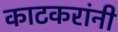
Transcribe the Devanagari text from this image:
काटकरांनी